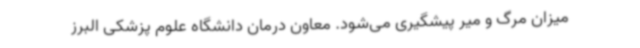
میزان مرگ و میر پیشگیری می‌شود. معاون درمان دانشگاه علوم پزشکی البرز